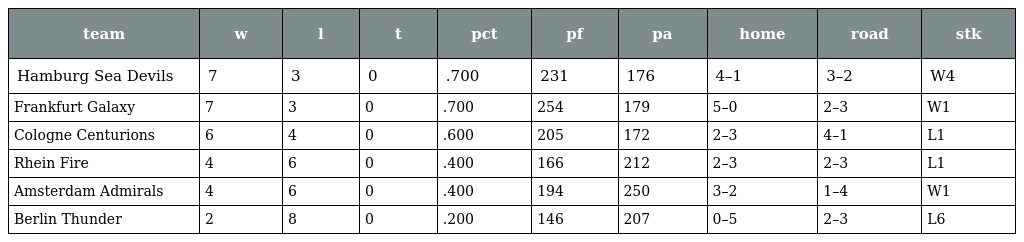
| team | w | l | t | pct | pf | pa | home | road | stk |
 | --- | --- | --- | --- | --- | --- | --- | --- | --- | --- |
 | Hamburg Sea Devils | 7 | 3 | 0 | .700 | 231 | 176 | 4–1 | 3–2 | W4 |
 | Frankfurt Galaxy | 7 | 3 | 0 | .700 | 254 | 179 | 5–0 | 2–3 | W1 |
 | Cologne Centurions | 6 | 4 | 0 | .600 | 205 | 172 | 2–3 | 4–1 | L1 |
 | Rhein Fire | 4 | 6 | 0 | .400 | 166 | 212 | 2–3 | 2–3 | L1 |
 | Amsterdam Admirals | 4 | 6 | 0 | .400 | 194 | 250 | 3–2 | 1–4 | W1 |
 | Berlin Thunder | 2 | 8 | 0 | .200 | 146 | 207 | 0–5 | 2–3 | L6 |